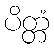
ပိတ္တံ